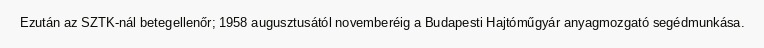
Ezután az SZTK-nál betegellenőr; 1958 augusztusától novemberéig a Budapesti Hajtóműgyár anyagmozgató segédmunkása.